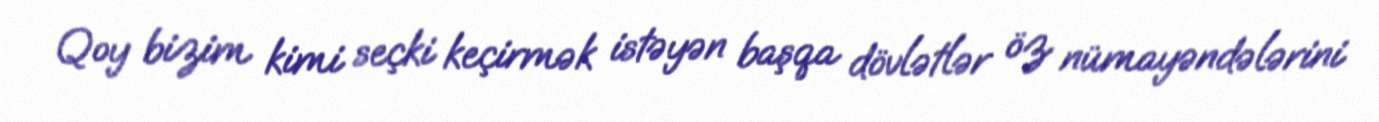
Qoy bizim kimi seçki keçirmək istəyən başqa dövlətlər öz nümayəndələrini